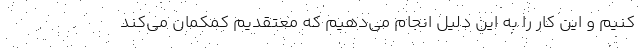
کنیم و این کار را به این دلیل انجام می‌دهیم که معتقدیم کمکمان می‌کند